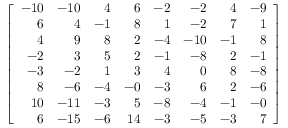
\left[ { \begin{array} { r r r r r r r r } { - 1 0 } & { - 1 0 } & { 4 } & { 6 } & { - 2 } & { - 2 } & { 4 } & { - 9 } \\ { 6 } & { 4 } & { - 1 } & { 8 } & { 1 } & { - 2 } & { 7 } & { 1 } \\ { 4 } & { 9 } & { 8 } & { 2 } & { - 4 } & { - 1 0 } & { - 1 } & { 8 } \\ { - 2 } & { 3 } & { 5 } & { 2 } & { - 1 } & { - 8 } & { 2 } & { - 1 } \\ { - 3 } & { - 2 } & { 1 } & { 3 } & { 4 } & { 0 } & { 8 } & { - 8 } \\ { 8 } & { - 6 } & { - 4 } & { - 0 } & { - 3 } & { 6 } & { 2 } & { - 6 } \\ { 1 0 } & { - 1 1 } & { - 3 } & { 5 } & { - 8 } & { - 4 } & { - 1 } & { - 0 } \\ { 6 } & { - 1 5 } & { - 6 } & { 1 4 } & { - 3 } & { - 5 } & { - 3 } & { 7 } \end{array} } \right]